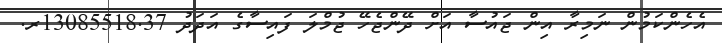
އެހެންކަމުން ނަމިރާ އިން ޖައުސާ އަށް ދޭންޖެހޭ ޖުމްލަ ފައިސާގެ އަދަދު 13085518.37ރ.